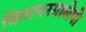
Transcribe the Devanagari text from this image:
चिताभस्मालेपो